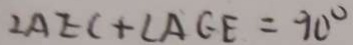
\angle A E C + \angle A G E = 9 0 ^ { \circ }